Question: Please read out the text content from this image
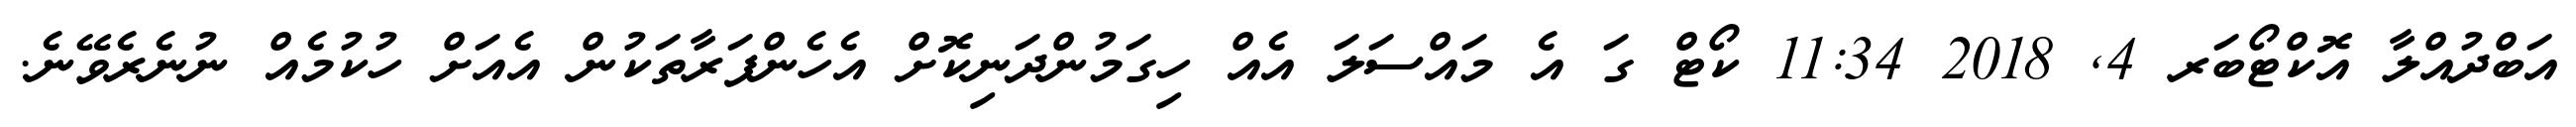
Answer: އަބްދުއްލާ އޮކްޓޯބަރ 4, 2018 11:34 ކޯޓް ގަ އެ މައްސަލަ އެއް ހިގަމުންދަނިކޮށް އެހެންފަރާތަކުން އެއަށް ހުކުމެއް ނުނެރެވޭނެ.